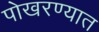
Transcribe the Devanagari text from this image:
पोखरण्यात